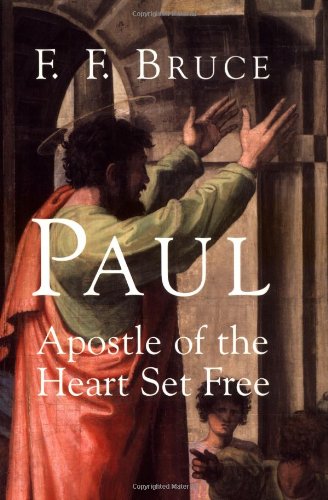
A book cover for Paul Apostle of the Heart Set Free; F. F. Bruce; Christian Books & Bibles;